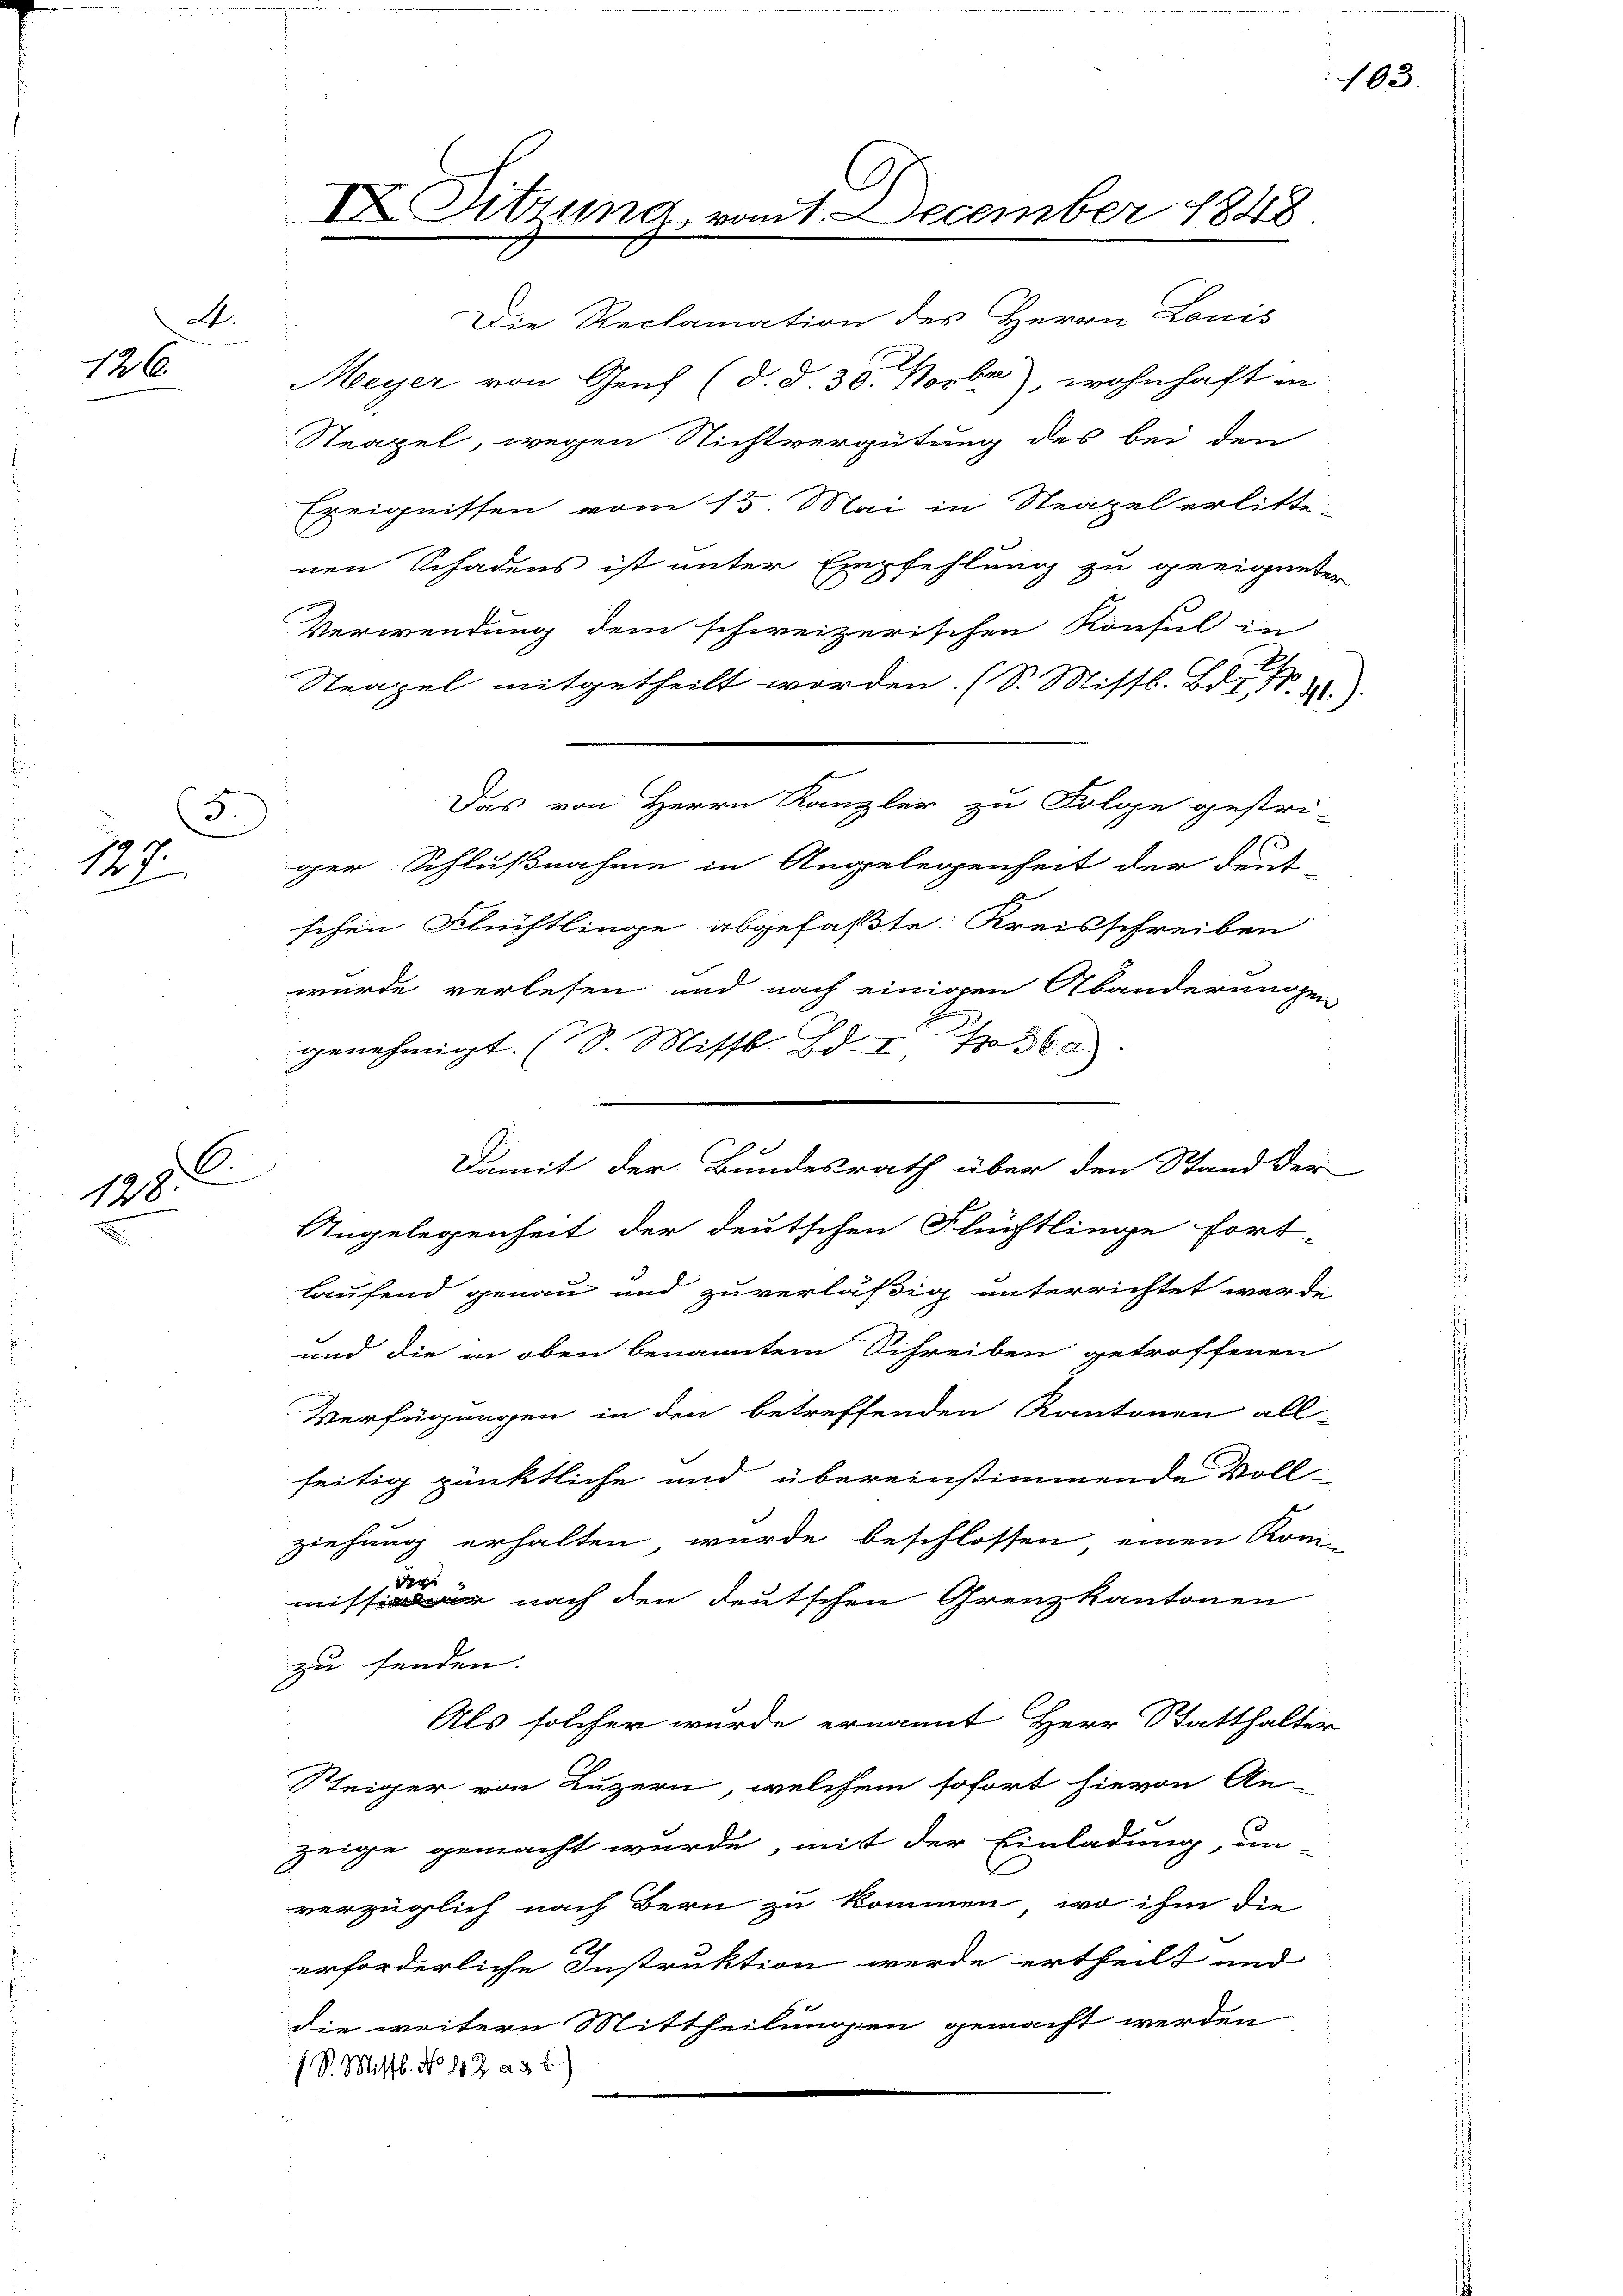
A.
126.

5
127

C.
128.
.

Die Reclamation des Herrn Louis
Meyer von Genf (d. S. 38. Novbr), wohnhaft in
Steapel, wegen Nichtvergütung des bei den
Ereignissen vom 15. Mai in Neapel erlitte-
nen Schadens ist unter Empfehlung zu geeigneter
Verwendung dem schweizerischen Konsul in
Steapel mitgetheilt worden. (S. Missl. Bd. I
Das von Herrn Kanzler zu Folge gestri-
ger Schlußnahme in Angelegenheit der deut
schen Flüchtlinge abgefaßte Kreisschreiben
wurde verlesen und nach einigen Abänderungen
genehmigt. (S. Missb. Bd. I, No 360.
Damit der Bundesrath über den Stand der
Angelegenheit der deutschen Flüchtlinge fort-
laufend genau und zuverläßig unterrichtet werde
und die in oben benanntem Schreiben getroffenen
Verfügungen in den betreffenden Kantonen all-
seitig pünktliche und übereinstimmende Voll-
ziehung erhalten wurde beschlossen einen Kom-
e
miter nach den deutschen Grenzkantonen
zu senden.
Als solcher wurde ernannt Herr Statthalter
Steiger von Luzern, welchem sofort hievon An-
zeige gemacht wurde, mit der Einladung, un-
verzüglich nach Bern zu kommen, wo ihm die
erforderliche Instruktion werde ertheilt und
die weitern Mittheilungen gemacht werden
1 S. Missb. No 112 a. 3 f

X Sitzung, vom December 1848.

103.